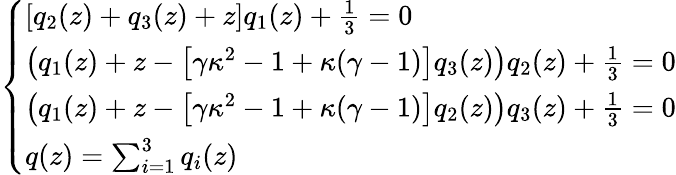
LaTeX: \left\{ \begin{array}{ll}{[q_{2}(z)+q_{3}(z)+z]q_{1}(z)+\frac 13=0}\\ {\left(q_{1}(z)+z-\left[\gamma\kappa^{2}-1+\kappa(\gamma-1)\right]q_{3}(z)\right)q_{2}(z)+\frac 13=0}\\ {\left(q_{1}(z)+z-\left[\gamma\kappa^{2}-1+\kappa(\gamma-1)\right]q_{2}(z)\right)q_{3}(z)+\frac 13=0}\\ {q(z)=\sum_{i=1}^{3}q_{i}(z)}\end{array}\right.